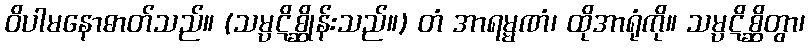
ဝိပါမနောဓာတ်သည်။ (သမ္ပဋိစ္ဆိုန်းသည်။) တံ အာရမ္မဏံ၊ ထိုအာရုံကို။ သမ္ပဋိစ္ဆိတွာ၊